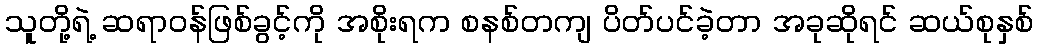
သူတို့ရဲ့ ဆရာဝန်ဖြစ်ခွင့်ကို အစိုးရက စနစ်တကျ ပိတ်ပင်ခဲ့တာ အခုဆိုရင် ဆယ်စုနှစ်